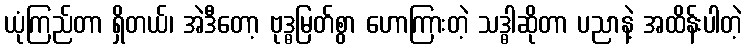
ယုံကြည်တာ ရှိတယ်၊ အဲဒီတော့ ဗုဒ္ဓမြတ်စွာ ဟောကြားတဲ့ သဒ္ဓါဆိုတာ ပညာနဲ့ အထိန်းပါတဲ့